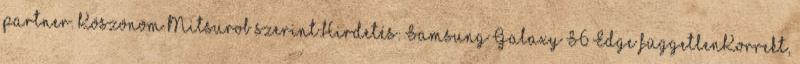
partner. Köszönöm Mitsurob szerint:Hirdetés: Samsung Galaxy S6 Edge függetlenKorrekt,